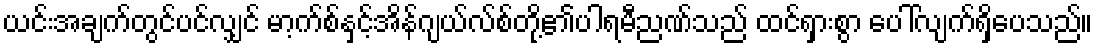
ယင်းအချက်တွင်ပင်လျှင် မာ့က်စ်နှင့်အိန်ဂျယ်လ်စ်တို့၏ပါရမီညဏ်သည် ထင်ရှားစွာ ပေါ်လျက်ရှိပေသည်။